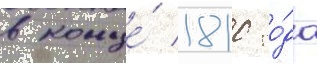
в конце́ 1810 го́да